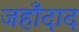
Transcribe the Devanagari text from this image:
जहाँदाद